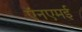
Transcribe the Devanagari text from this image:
ऍनएमई